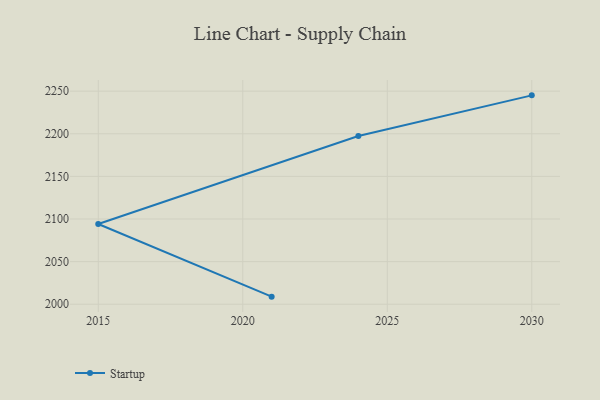
{"axis": {"x": "Year", "y": "Active Users"}, "legend": ["Startup"], "data": [{"x": "2030", "y": 2245.1, "type": "Startup"}, {"x": "2024", "y": 2197.4, "type": "Startup"}, {"x": "2015", "y": 2094.1, "type": "Startup"}, {"x": "2021", "y": 2008.9, "type": "Startup"}]}